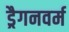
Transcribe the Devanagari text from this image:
ड्रैगनवर्म